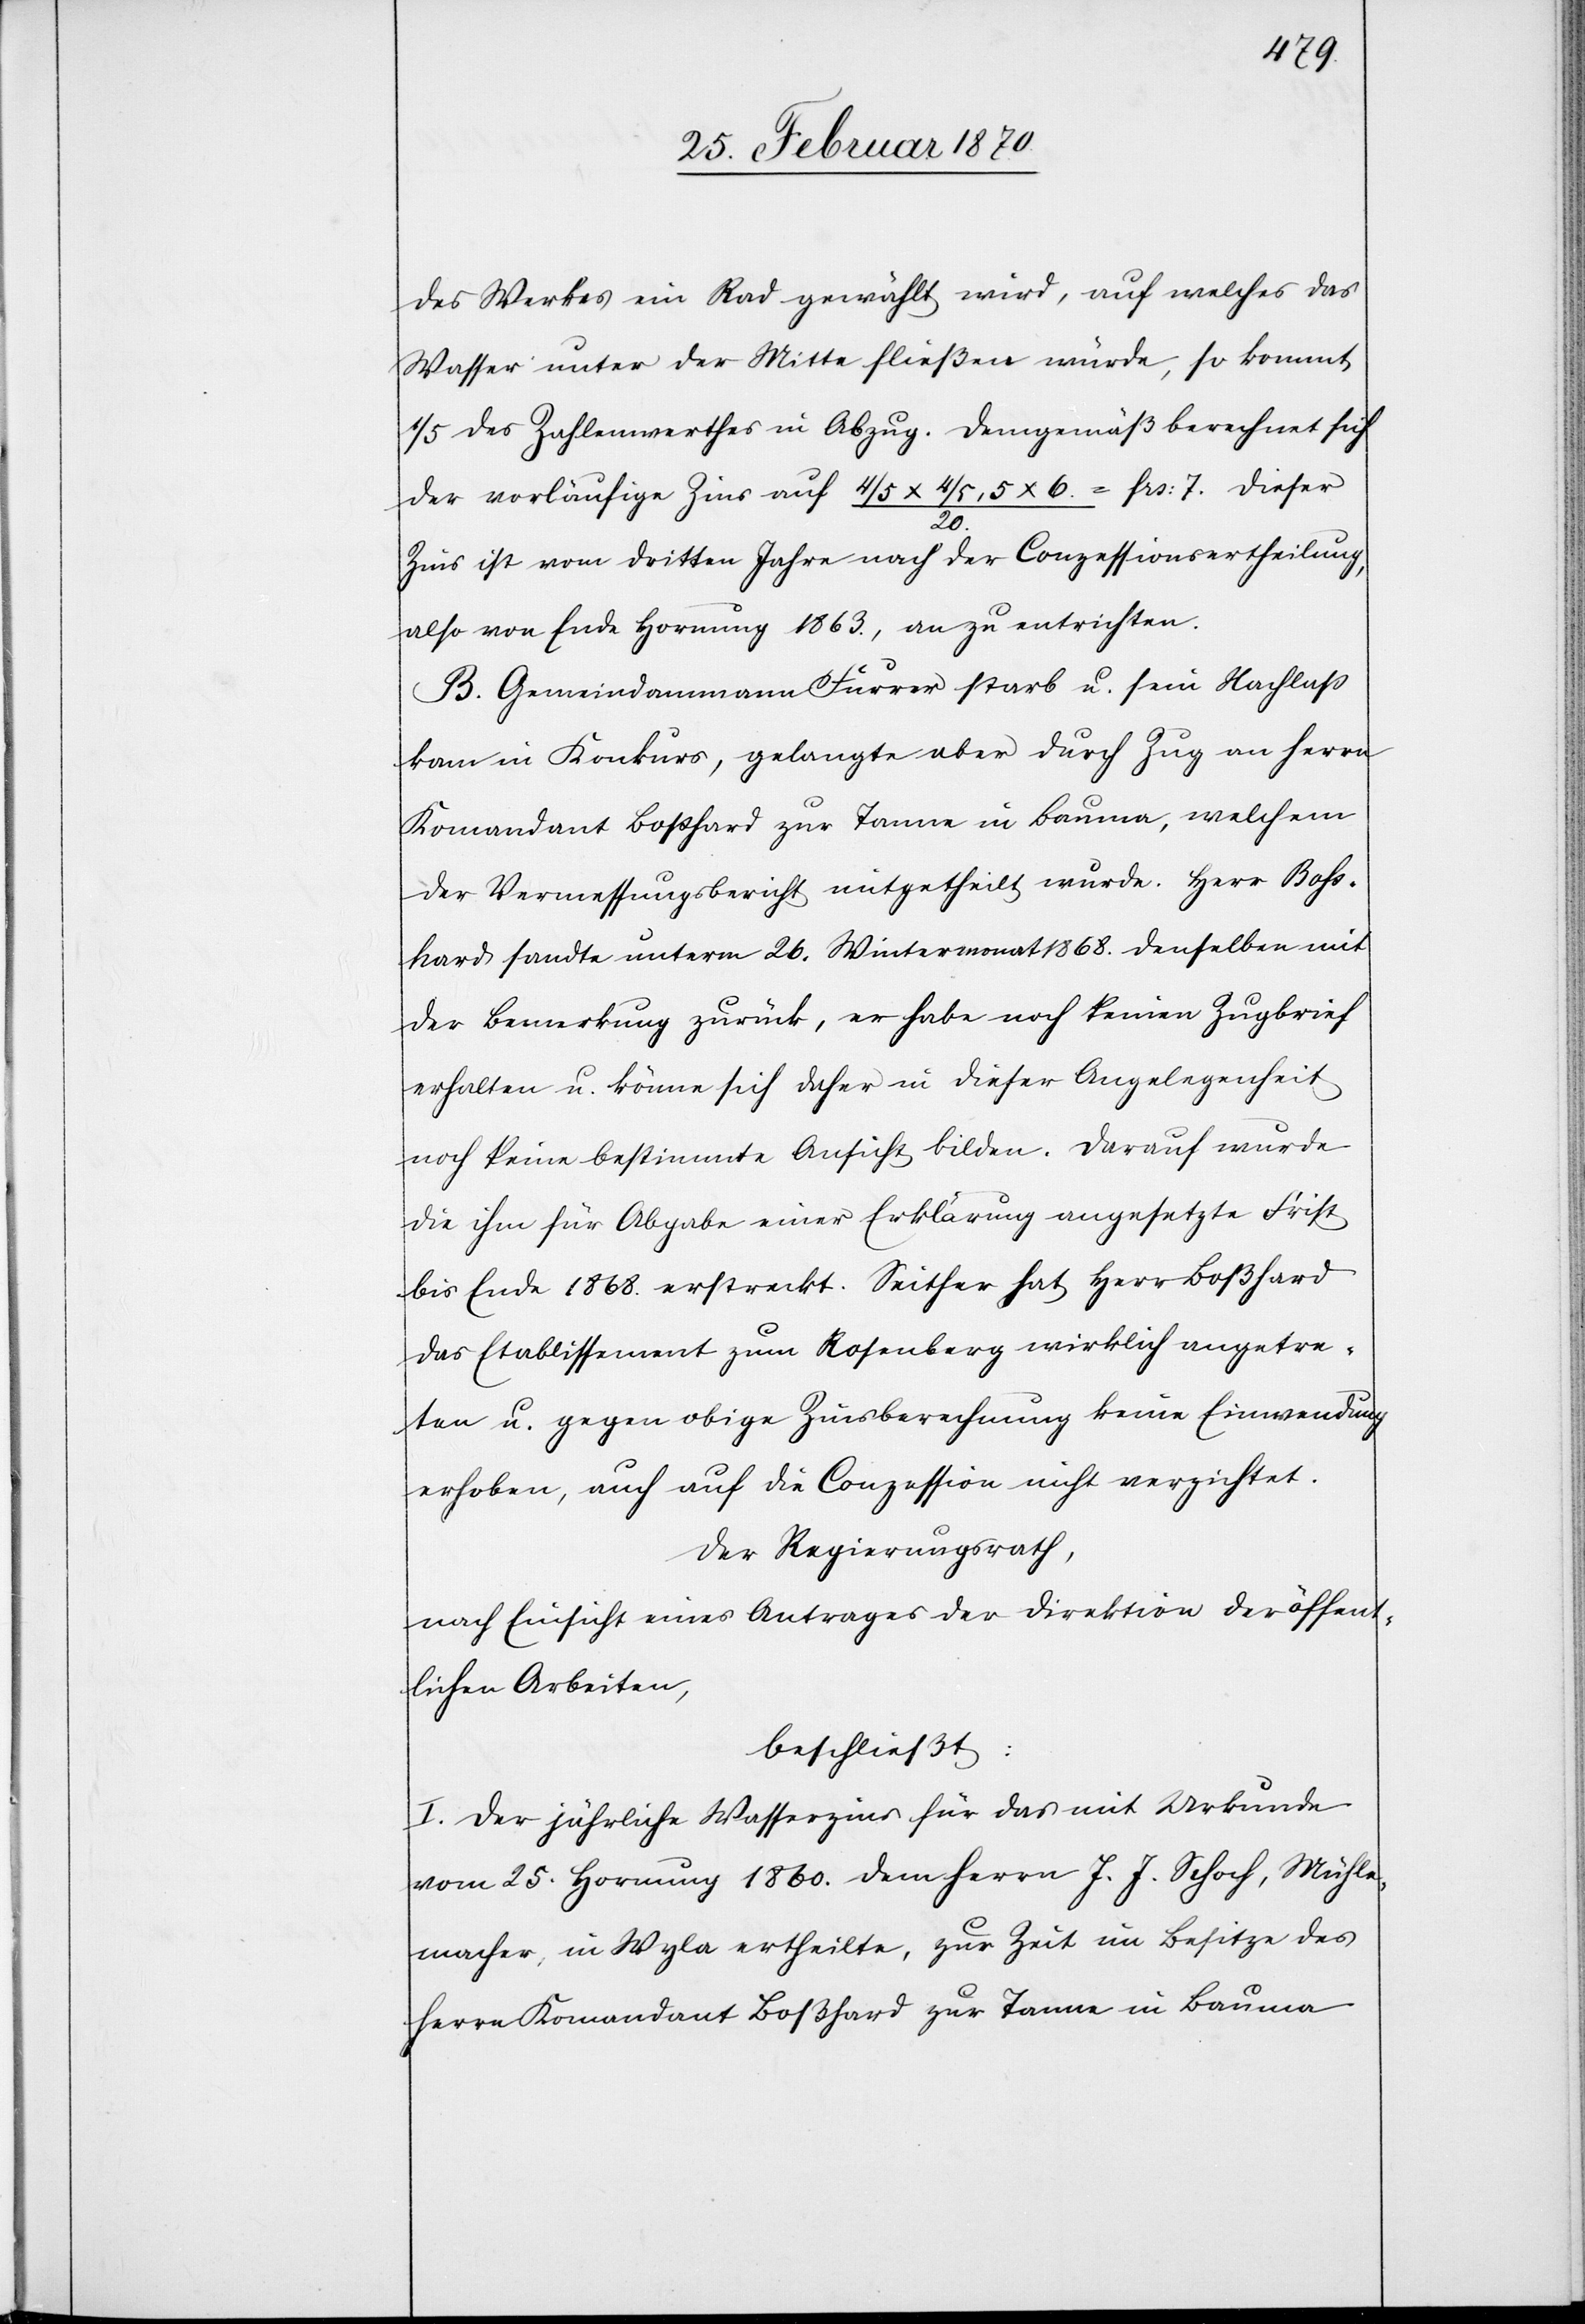
des Werkes ein Rad gewählt wird, auf welches das
Wasser unter der Mitte fließen würde, so kommt
1/5 des Zahlenwerthes in Abzug. Demgemäß berechnet sich
der vorläufige Zins auf 4/5 x 4/5,5 x 6. / 20. = frs. 7. Dieser
Zins ist vom dritten Jahre nach der Conzessionsertheilung,
also von Ende Hornung 1863., an zu entrichten.
B. Gemeindammann Furrer starb u. sein Nachlaß
kam in Konkurs, gelangte aber durch Zug an Herrn
Komandant Boßhard zur Tanne in Bauma, welchem
der Vermessungsbericht mitgetheilt wurde. Herr Boss¬
hard sandte unterm 26. Wintermonat 1868. denselben mit
der Bemerkung zurück, er habe noch keinen Zugbrief
erhalten u. könne sich daher in dieser Angelegenheit
noch keine bestimmte Ansicht bilden. Darauf wurde
die ihm für Abgabe einer Erklärung angesetzte Frist
bis Ende 1868. erstreckt. Seither hat Herr Boßhard
das Etablissement zum Rosenberg wirklich angetre¬
ten u. gegen obige Zinsberechnung keine Einwendung
erhoben, auch auf die Conzession nicht verzichtet.
Der Regierungsrath,
nach Einsicht eines Antrages der Direktion der öffent¬
lichen Arbeiten,
beschließt:
I. Der jährliche Wasserzins für das mit Urkunde
vom 25. Hornung 1860. dem Herrn J. J. Schoch, Mühle¬
macher, in Wyla ertheilte, zur Zeit im Besitze des
Herrn Komandant Boßhard zur Tanne in Bauma